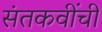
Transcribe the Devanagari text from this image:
संतकवींची